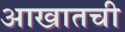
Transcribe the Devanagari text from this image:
आखातची